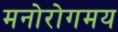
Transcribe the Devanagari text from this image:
मनोरोगमय